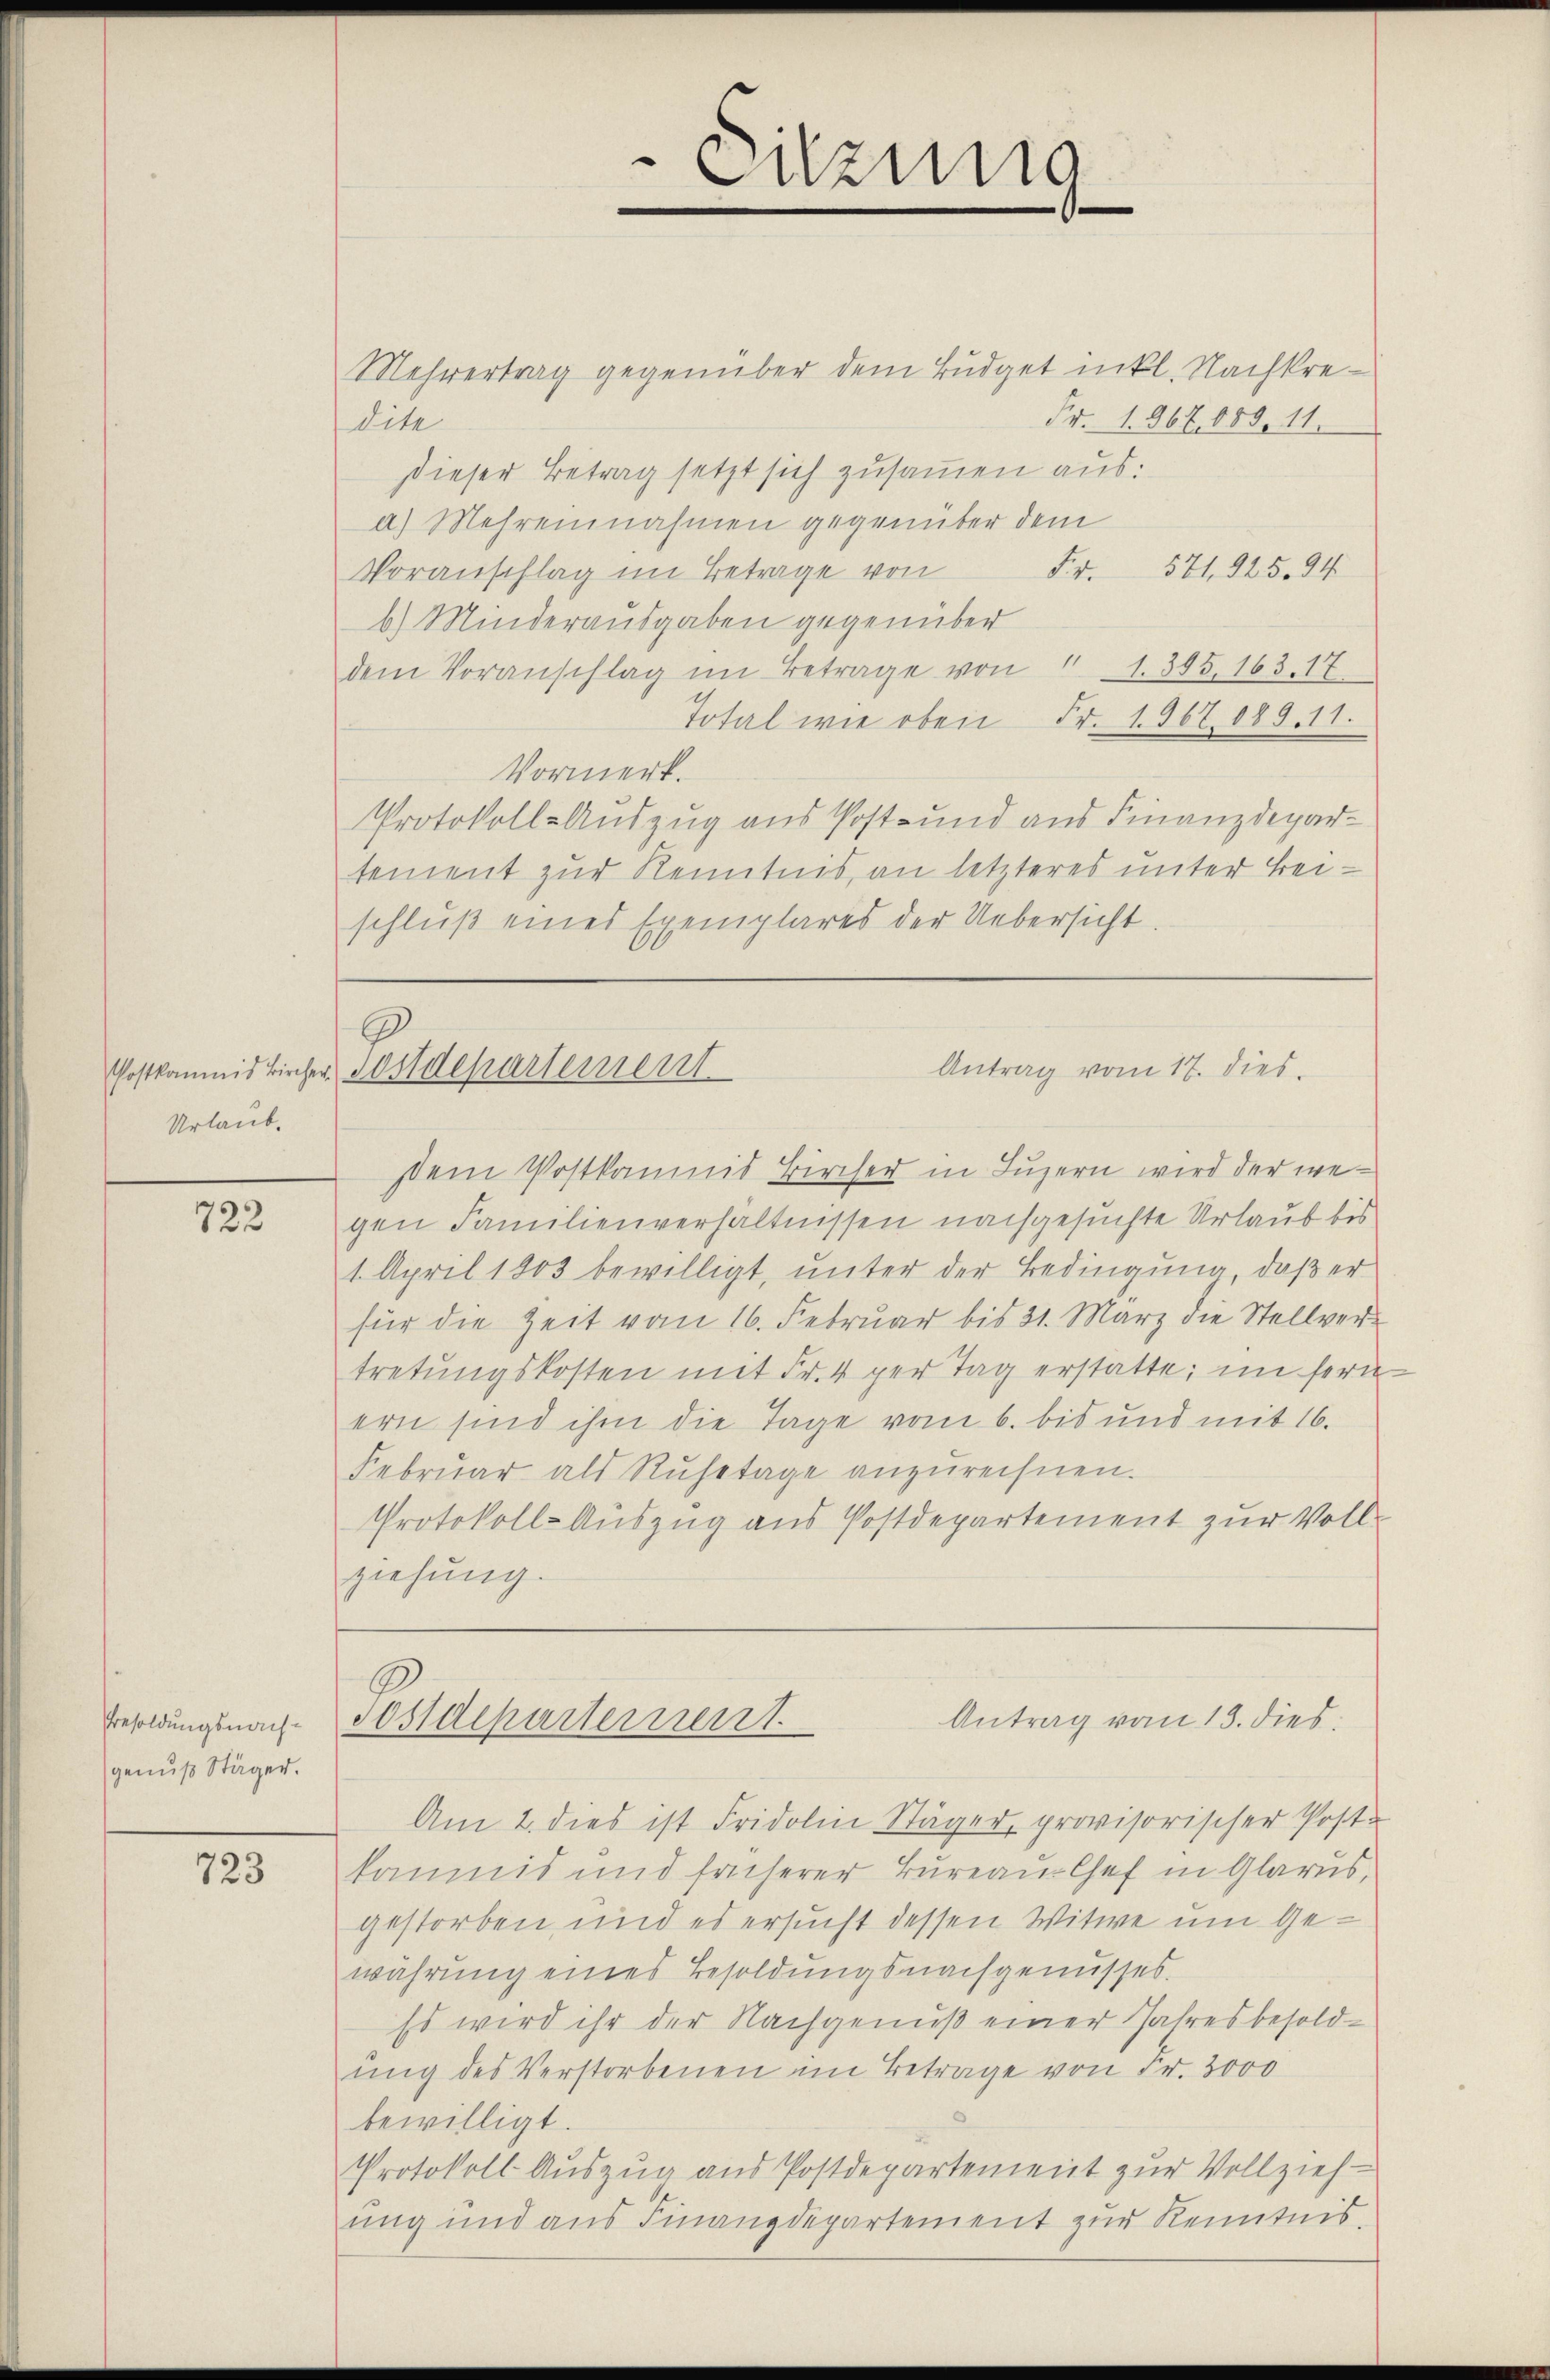
Urlaub.

722

Bresoldungsnachgenuß Stäger.

723

Mehrertrag gegenüber dem Budget inkl. Nachkre¬
Fr. 1. 867. 680. 11.
dite
dieser Betrag setzt sich zusammen aus:
a) Mehreinnahmen gegenüber dem
Voranschlag im Betrage von Fr. 571. 325. 94
b) Minderausgaben gegenüber
dem Voranschlag im Betrage von 1305, 163. 17
Total wie oben Fr. 1967. 189. 11.
Vormerk.
Protokoll-Auszug aus Post- und aus Finanzdepartement zur Kenntnis, an letzteres unter Beischluß eines Exemplares der Uebersicht.

sem Postkaunis Bircher in Luzern wird der wegen Familienverhältnissen nachgesuchte Urlaub bis
1. April 1803 bewilligt, unter der Bedingung, daß er
für die Zeit vom 16. Februar bis 21. März die Stellvertretŭngskosten mit Fr. 4 per Tag erstatte; im fern
ern sind ihm die Tage vom 6. bis und mit 16.
Februar als Ruhetage anzurechnen.
Protokoll-Auszug aus Postdepartement zur Vollziehung.

Enzung

Antrag vom 17. dies
Postkomnis kircher, Postdepartement

Antrag vom 15. dies
Postdepartement

Am 2. dies ist Fridolin Stäger, provisorischer Post-
kaunis und früherer Bureaus Chef in Glarus,
gestorben und es ersucht dessen Witwe um Gewährung eines Besoldungsnachgenusses.
Es wird ihr der Nachgenuß einer Jahresbesoldung des Verstorbenen im Betrage von Fr. 3000
bewilligt.
Protokoll Auszug aus Postdepartement zur Vollziehung und aus Finanzdepartement zur Kenntnis,